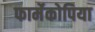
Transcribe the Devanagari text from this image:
फार्मेकोपिया